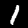
Digit: 1